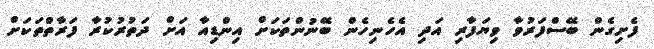
ފެށިގެން ބޭސްފަރުވާ ވިޔަފާރި އަދި އެހެނިހެން ބޭނުންތަކަށް އިންޑިއާ އަށް ދަތުރުކުރާ ފަރާތްތަކަށް